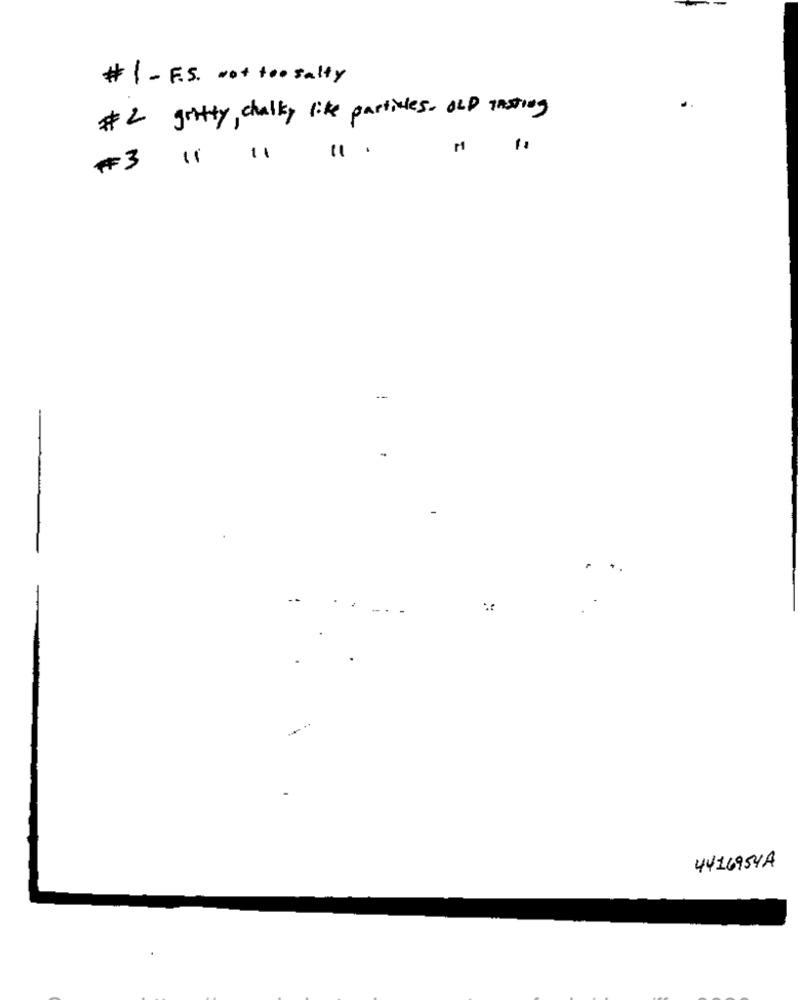
# 1 - F.S. Not toosalty
# 2 gritty, chalky like particles, OLD insting
#3 11 11
11 .
4416954A